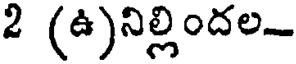
2 (ఉ)నిల్లిందల-